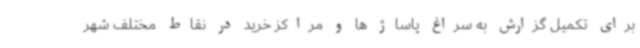
برای تکمیل گزارش به سراغ پاساژ ها و مراکز خرید در نقاط مختلف شهر